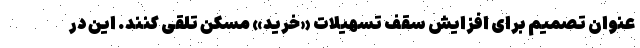
عنوان تصمیم برای افزایش سقف تسهیلات «خرید» مسکن تلقی کنند. این در